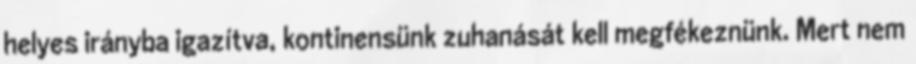
helyes irányba igazítva, kontinensünk zuhanását kell megfékeznünk. Mert nem